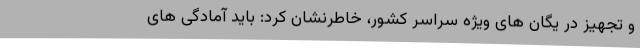
و تجهیز در یگان های ویژه سراسر کشور، خاطرنشان کرد: باید آمادگی های